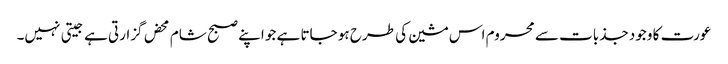
عورت کا وجود جذبات سے محروم اس مشین کی طرح ہو جاتا ہے جو اپنے صبح شام محض گزارتی ہے جیتی نہیں۔